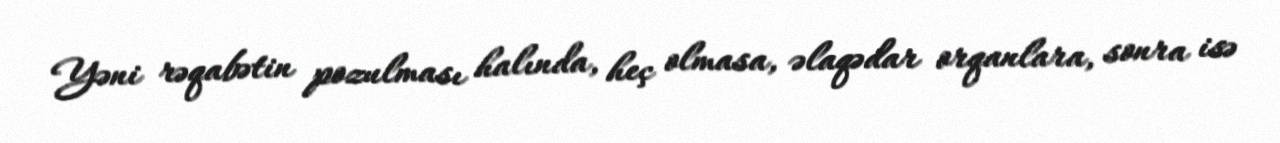
Yəni rəqabətin pozulması halında, heç olmasa, əlaqədar orqanlara, sonra isə